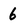
Character: 6